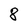
Character: 8